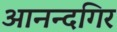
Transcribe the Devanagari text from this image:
आनन्दगिर